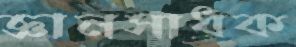
জ্ঞানসাধক